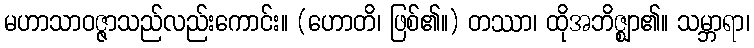
မဟာသာဝဇ္ဇာသည်လည်းကောင်း။ (ဟောတိ၊ ဖြစ်၏။) တဿာ၊ ထိုအဘိဇ္ဈာ၏။ သမ္ဘာရာ၊